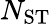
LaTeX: N_{\mathrm{ST}}